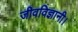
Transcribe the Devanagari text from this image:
जीवविज्ञानी।